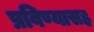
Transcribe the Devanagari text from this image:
प्रविण्यासह